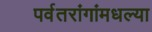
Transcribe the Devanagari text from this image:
पर्वतरांगांमधल्या